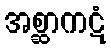
အစ္ဆာကဋံ